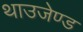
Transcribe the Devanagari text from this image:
थाउजेण्ड